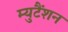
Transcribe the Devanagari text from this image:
म्युटैंशन